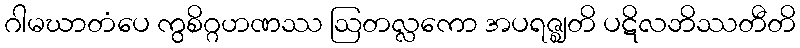
ဂါမဃာတံပေ ကွစိဂ္ဂဟဏဿ ဩတလ္လကော အပရဇ္ဈတိ ပဋိလဘိဿတီတိ